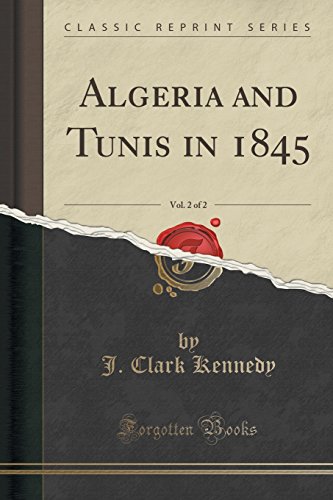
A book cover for Algeria and Tunis in 1845, Vol. 2 of 2 (Classic Reprint); J. Clark Kennedy; Travel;